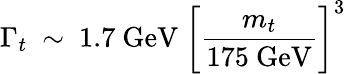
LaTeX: \Gamma_{t}\ \sim\ 1.7\ \mathrm{GeV}\ \biggl[{\frac{m_{t}}{175\ \mathrm{GeV}}}\biggr]^{3}